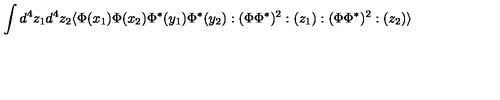
\int d ^ { 4 } z _ { 1 } d ^ { 4 } z _ { 2 } \langle \Phi ( x _ { 1 } ) \Phi ( x _ { 2 } ) \Phi ^ { * } ( y _ { 1 } ) \Phi ^ { * } ( y _ { 2 } ) : ( \Phi \Phi ^ { * } ) ^ { 2 } : ( z _ { 1 } ) : ( \Phi \Phi ^ { * } ) ^ { 2 } : ( z _ { 2 } ) \rangle